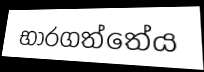
භාරගත්තේය